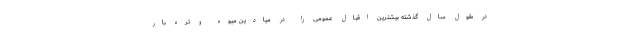
در طول سال گذشته بیشترین اقبال عمومی را در میادین میوه و تره بار